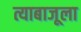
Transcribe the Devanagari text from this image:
त्याबाजूला